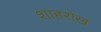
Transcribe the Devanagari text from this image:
शाहरोख